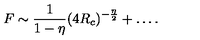
F \sim \frac { 1 } { 1 - \eta } ( 4 R _ { c } ) ^ { - { \frac { \eta } { 2 } } } + \ldots .